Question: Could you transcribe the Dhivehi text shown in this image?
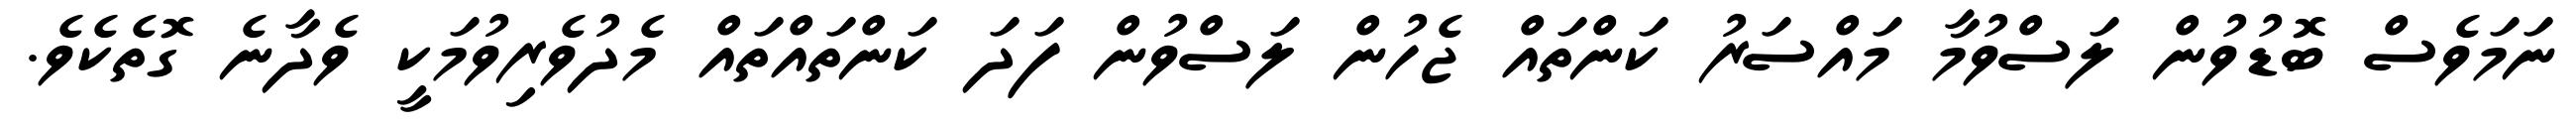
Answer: ނަމަވެސް ބޮޑުވުން ލަސްވުމާ މައްސަރު ކަންތައް ޖެހުން ލަސްވުން ފަދަ ކަންތައްތައް މެދުވެރިވުމަކީ ވެދާނެ ގޮތެކެވެ.